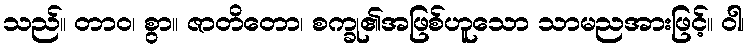
သည်။ တာဝ၊ စွာ။ ဇာတိတော၊ စက္ခု၏အဖြစ်ဟူသော သာမညအားဖြင့်။ ဝါ၊